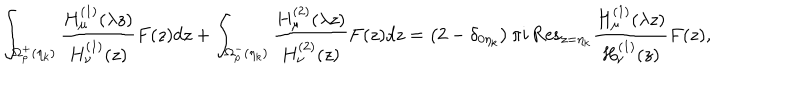
LaTeX: \int _ { \Omega _ { \rho } ^ { + } ( \eta _ { k } ) } \frac { H _ { \mu } ^ { ( 1 ) } ( \lambda z ) } { H _ { \nu } ^ { ( 1 ) } ( z ) } F ( z ) d z + \int _ { \Omega _ { \rho } ^ { - } ( \eta _ { k } ) } \frac { H _ { \mu } ^ { ( 2 ) } ( \lambda z ) } { H _ { \nu } ^ { ( 2 ) } ( z ) } F ( z ) d z = \left( 2 - \delta _ { 0 \eta _ { k } } \right) \pi i \, { \mathrm { R e s } } _ { z = \eta _ { k } } \frac { H _ { \mu } ^ { ( 1 ) } ( \lambda z ) } { H _ { \nu } ^ { ( 1 ) } ( z ) } F ( z ) ,